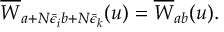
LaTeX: \overline { { { W } } } _ { a + N \bar { \epsilon } _ { i } b + N \bar { \epsilon } _ { k } } ( u ) = \overline { { { W } } } _ { a b } ( u ) .